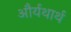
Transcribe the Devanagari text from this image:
और्यथार्थ